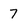
Character: 7